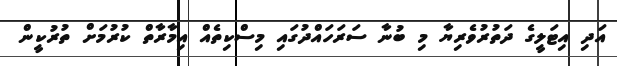
އަދި އިޓަލީގެ ދަތުރުވެރިޔާ މި ބުނާ ސަރަހައްދުގައި މިސްކިތެއް އިމާރާތް ކުރުމަށް ތުރުކީން